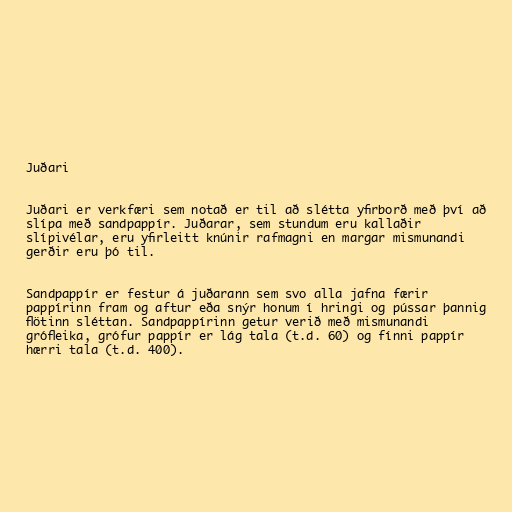
Juðari

Juðari er verkfæri sem notað er til að slétta yfirborð með því að
slípa með sandpappír. Juðarar, sem stundum eru kallaðir
slípivélar, eru yfirleitt knúnir rafmagni en margar mismunandi
gerðir eru þó til.

Sandpappír er festur á juðarann sem svo alla jafna færir
pappírinn fram og aftur eða snýr honum í hringi og pússar þannig
flötinn sléttan. Sandpappírinn getur verið með mismunandi
grófleika, grófur pappír er lág tala (t.d. 60) og fínni pappír
hærri tala (t.d. 400).